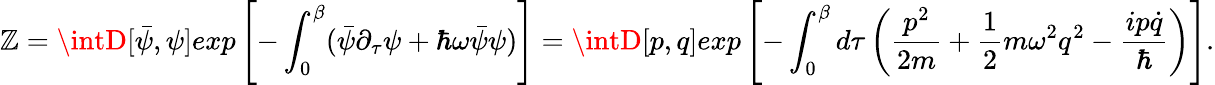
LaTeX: \mathbb{Z}=\intD[\bar{{\psi}},\psi]exp\left[-\int_{0}^{\beta}(\bar{{\psi}}\partial_{\tau}\psi+\hbar\omega\bar{{\psi}}\psi)\right]=\intD[p,q]exp\left[-\int_{0}^{\beta}d\tau\left(\frac{{p^{2}}}{{2m}}+\frac{{1}}{{2}}m\omega^{2}q^{2}-\frac{{ip\dot{{q}}}}{{\hbar}}\right)\right].